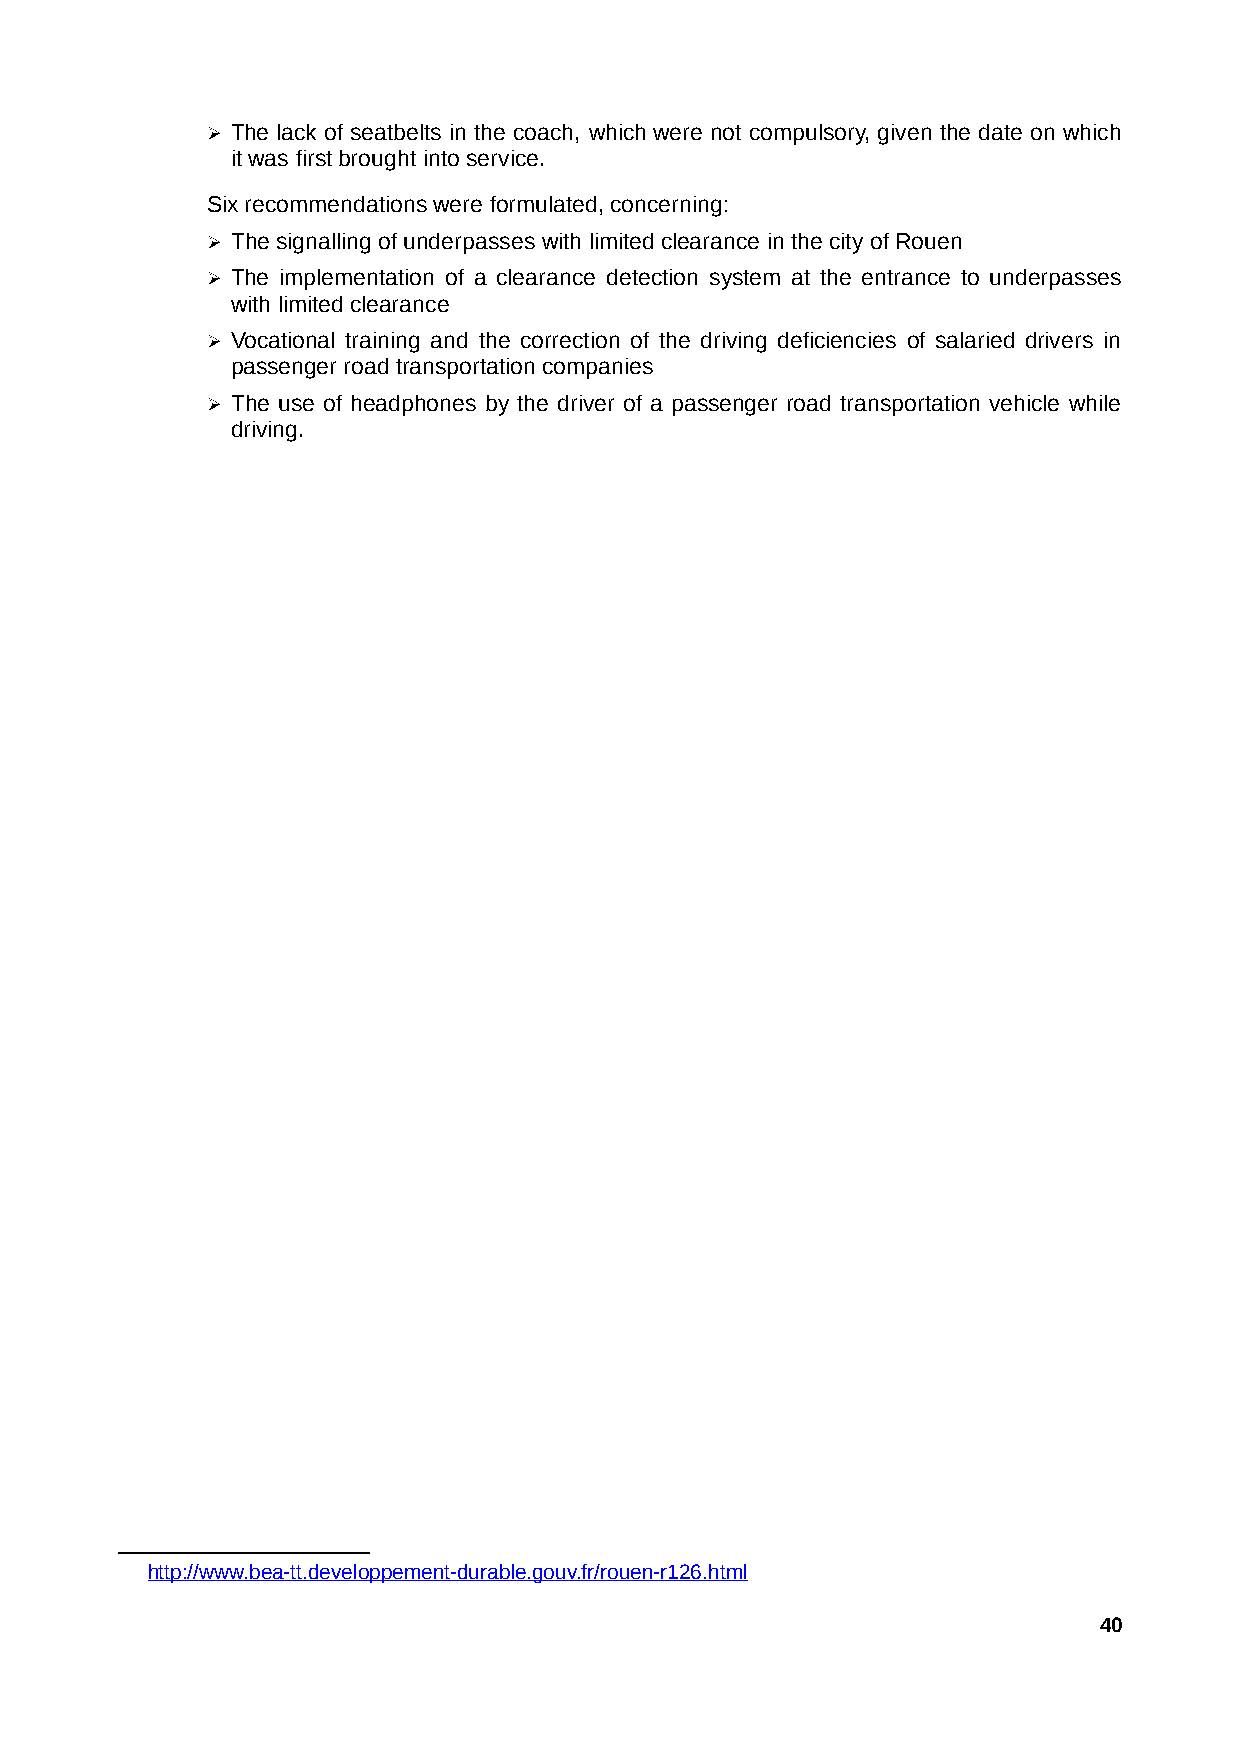
➢ The lack of seatbelts in the coach, which were not compulsory, given the date on which
 it was first brought into service.
 Six recommendations were formulated, concerning:
 ➢ The signalling of underpasses with limited clearance in the city of Rouen
 ➢ The implementation of a clearance detection system at the entrance to underpasses
 with limited clearance
 ➢ Vocational training and the correction of the driving deficiencies of salaried drivers in
 passenger road transportation companies
 ➢ The use of headphones by the driver of a passenger road transportation vehicle while
 driving.
 http://www.bea-tt.developpement-durable.gouv.fr/rouen-r126.htm l
 40